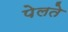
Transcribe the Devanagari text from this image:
पेलते